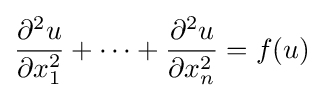
{\frac {\partial ^{2}u}{\partial x_{1}^{2}}}+\cdots +{\frac {\partial ^{2}u}{\partial x_{n}^{2}}}=f(u)